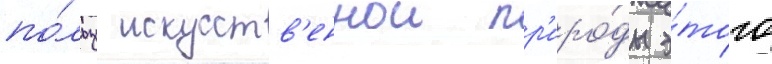
по́льзу искусств'еннои пр'иро́ды э́того